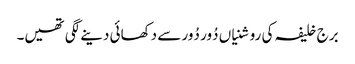
برج خلیفہ کی روشنیاں دُور دُور سے دکھائی دینے لگی تھیں۔